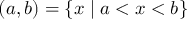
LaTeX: ( a , b ) = \{ x \mid a < x < b \}